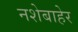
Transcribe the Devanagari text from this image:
नशेबाहेर